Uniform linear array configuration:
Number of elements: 8
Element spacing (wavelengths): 0.5
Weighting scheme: blackman
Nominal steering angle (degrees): -60
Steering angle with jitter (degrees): -59.332
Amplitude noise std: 0.05
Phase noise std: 0.05

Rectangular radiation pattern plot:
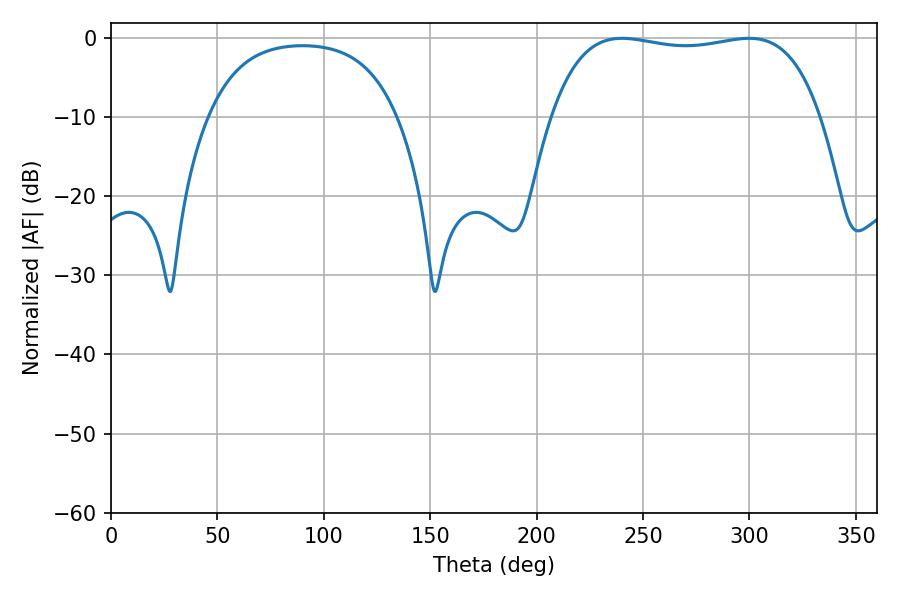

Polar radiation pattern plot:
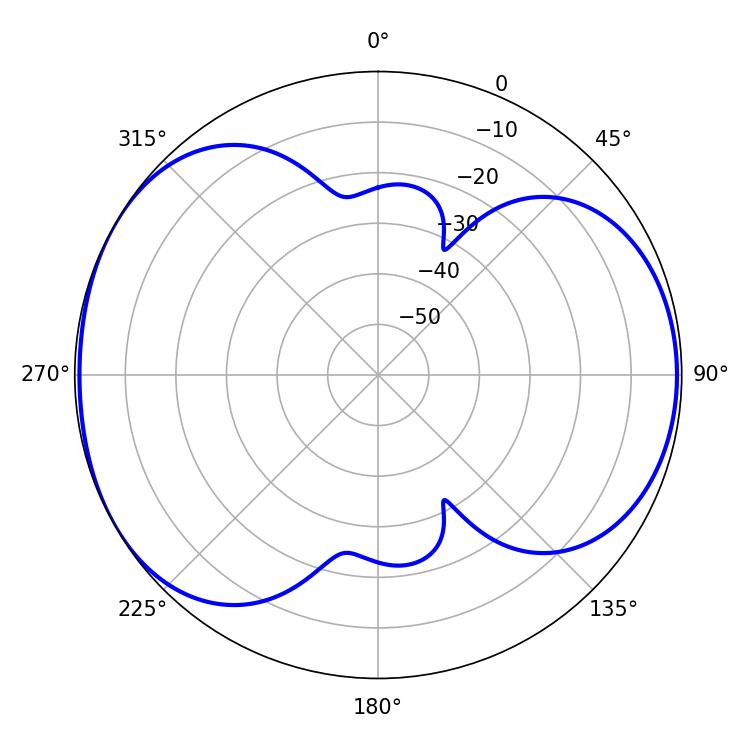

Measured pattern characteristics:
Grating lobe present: FALSE
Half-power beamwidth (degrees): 101.52
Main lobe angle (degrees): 240.12